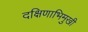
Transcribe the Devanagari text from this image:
दक्षिणाभिमुखी